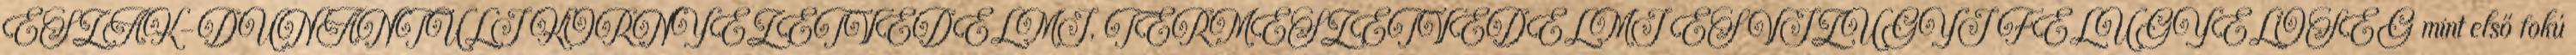
ÉSZAK-DUNÁNTÚLI KÖRNYEZETVÉDELMI, TERMÉSZETVÉDELMI ÉS VÍZÜGYI FELÜGYELŐSÉG mint első fokú